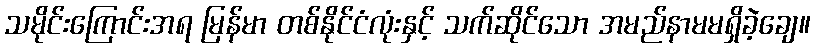
သမိုင်းကြောင်းအရ မြန်မာ တစ်နိုင်ငံလုံးနှင့် သက်ဆိုင်သော အမည်နာမမရှိခဲ့ချေ။